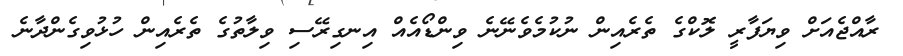
ރާއްޖެއަށް ވިޔަފާރީ ލޮކްގެ ތެރެއިން ނުކުމެވެނޭނެ ވިންޑޯއެއް އިނގިރޭސި ވިލާތުގެ ތެރެއިން ހުޅުވިގެންދާނެ